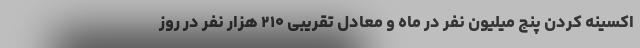
اکسینه کردن پنج میلیون نفر در ماه و معادل تقریبی ۲۱۰ هزار نفر در روز